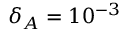
\delta _ { A } = 1 0 ^ { - 3 }